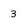
Character: 3